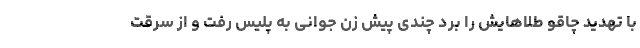
با تهدید چاقو طلاهایش را برد چندی پیش زن جوانی به پلیس رفت و از سرقت